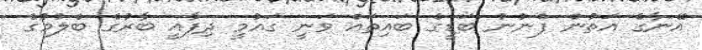
އޭނާގެ އަތުން ފެނުނު ބަޑީގެ ބައިތައް ވަނީ ގައުމީ ދިފާއީ ބާރުގެ ބެލުމުގެ